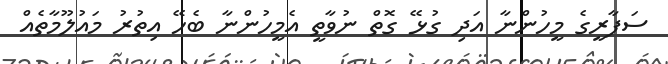
ސަފާރީގެ މީހުންނާ އަދި ގުޅޭ ގޮތް ނުވާތީ އެމީހުންނާ ބެހޭ އިތުރު މައުލޫމާތެއް